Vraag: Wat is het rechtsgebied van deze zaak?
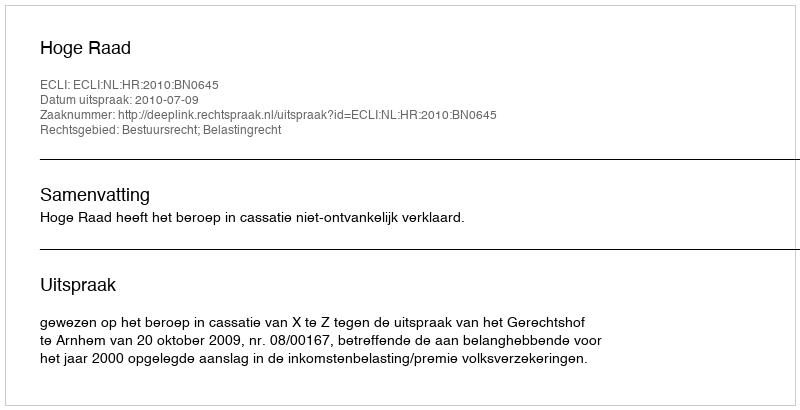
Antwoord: Bestuursrecht; Belastingrecht